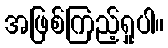
အဖြစ်ကြည့်ရှုပါ။